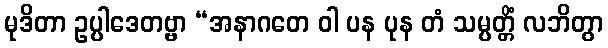
မုဒိတာ ဥပ္ပါဒေတဗ္ဗာ “အနာဂတေ ဝါ ပန ပုန တံ သမ္ပတ္တိံ လဘိတွာ